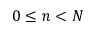
0 \leq n < N